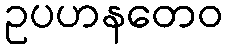
ဥပဟနတေဝ